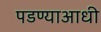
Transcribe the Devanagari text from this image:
पडण्याआधी